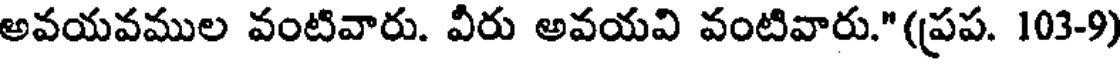
అవయవముల వంటివారు. వీరు అవయవి వంటివారు."(ప్రప. 103-9)